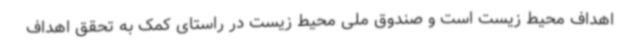
اهداف محیط زیست است و صندوق ملی محیط زیست در راستای کمک به تحقق اهداف